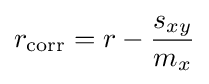
r_{\mathrm {corr} }=r-{\frac {s_{xy}}{m_{x}}}